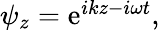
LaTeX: \begin{array}{r}{\psi_{z}=\mathrm{e}^{ikz-i\omega t},}\end{array}